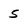
Character: 5